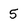
Character: 5